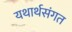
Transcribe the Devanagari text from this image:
यथार्थसंगत